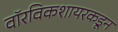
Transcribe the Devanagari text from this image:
वॉरविकशायरकडून